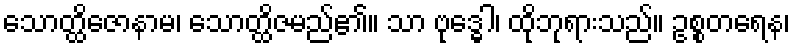
သောတ္ထိဇောနာမ၊ သောတ္ထိဇမည်၏။ သာ ဗုဒ္ဓေါ၊ ထိုဘုရားသည်။ ဥစ္စတရေန၊